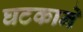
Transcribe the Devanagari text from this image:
घटकाने